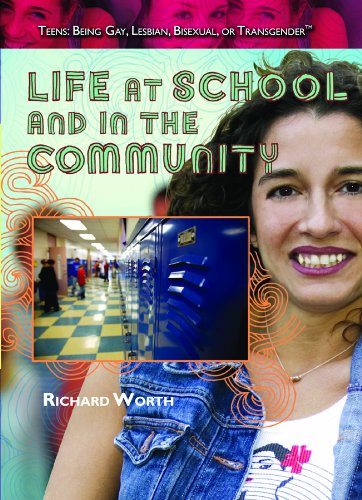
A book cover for Life at School and in the Community (Teens: Being Gay, Lesbian, Bisexual, Or Transgender); Richard Worth; Gay & Lesbian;